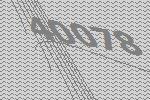
40078